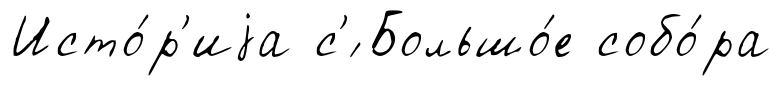
Исто́р'иjа с'́ Большо́е собо́ра